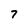
Character: 7